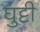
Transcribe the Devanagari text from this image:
घुट्टी